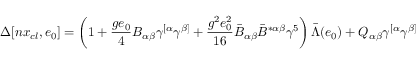
\Delta [ n x _ { c l } , e _ { 0 } ] = \left( 1 + \frac { g e _ { 0 } } { 4 } B _ { \alpha \beta } \gamma ^ { [ \alpha } \gamma ^ { \beta ] } + \frac { g ^ { 2 } e _ { 0 } ^ { 2 } } { 1 6 } \bar { B } _ { \alpha \beta } \bar { B } ^ { * \alpha \beta } \gamma ^ { 5 } \right) \bar { \Lambda } ( e _ { 0 } ) + Q _ { \alpha \beta } \gamma ^ { [ \alpha } \gamma ^ { \beta ] }